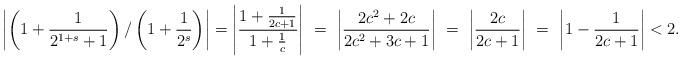
LaTeX: \begin{align*} \left| \left({1 + \frac{1}{2^{1+s} + 1}}\right) / \left({1 + \frac{1}{2^s}}\right) \right| = \left|\frac{1 + \frac{1}{2c + 1}}{1 + \frac{1}{c}}\right| \ = \ \left|\frac{2c^2 +2c}{2c^2 + 3c +1}\right| \ = \ \left|\frac{2c}{2c + 1}\right|\ = \ \left| 1 - \frac{1}{2c + 1}\right| < 2. \end{align*}